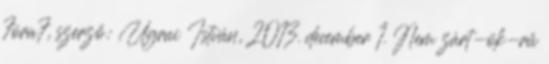
7óra7, szerző: Ugrai István, 2013. december 1. Nem zárt-ök-rű